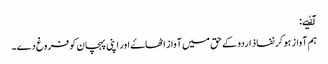
آٸیے:
ہم آواز ہو کر نفاذ اردو کے حق میں آواز اٹھاۓ اور اپنی پہچان کو فروغ دے۔